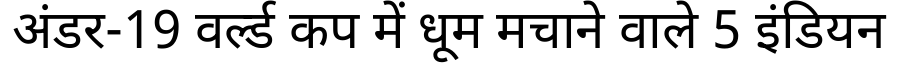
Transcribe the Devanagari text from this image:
अंडर-19 वर्ल्ड कप में धूम मचाने वाले 5 इंडियन